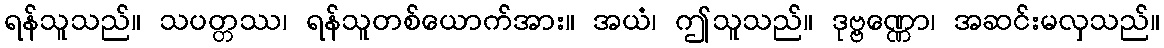
ရန်သူသည်။ သပတ္တဿ၊ ရန်သူတစ်ယောက်အား။ အယံ၊ ဤသူသည်။ ဒုဗ္ဗဏ္ဏော၊ အဆင်းမလှသည်။